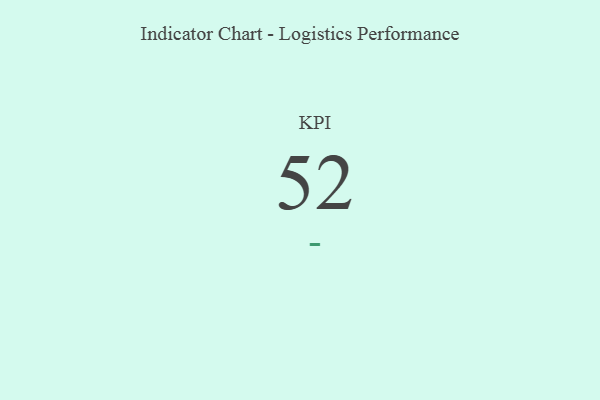
{"axis": {"x": "KPI", "y": "Value"}, "legend": [""], "data": [{"x": "KPI", "y": 52, "type": ""}]}